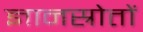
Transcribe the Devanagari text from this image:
ज्ञानस्रोतों